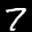
Label: 7